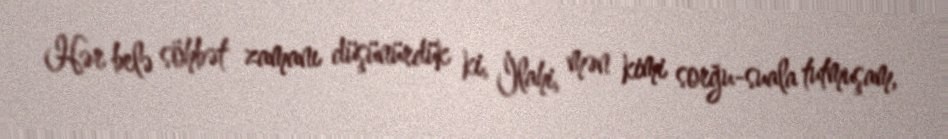
Hər belə söhbət zamanı düşünürdük ki, İlahi, mən kimi sorğu-suala tutmuşam,